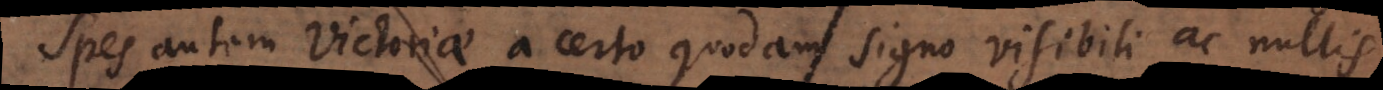
Spes autem victoriae a certo quodam signo visibili ac nullis